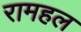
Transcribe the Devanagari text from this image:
रामहल